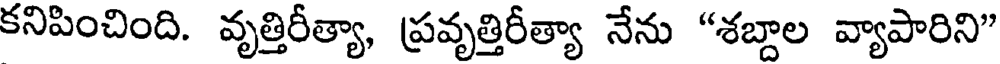
కనిపించింది. వృత్తిరీత్యా, ప్రవృత్తిరీత్యా నేను "శబ్దాల వ్యాపారిని"